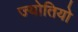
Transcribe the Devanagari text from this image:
ज्योतियो